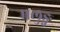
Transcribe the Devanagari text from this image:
मलुङ्ग